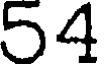
54